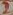
Text: 2